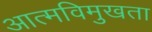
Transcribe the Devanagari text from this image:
आत्मविमुखता